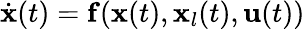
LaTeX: \begin{array}{r}{\dot{\mathbf{x}}(t)=\mathbf{f}(\mathbf{x}(t),\mathbf{x}_{l}(t),\mathbf{u}(t))}\end{array}